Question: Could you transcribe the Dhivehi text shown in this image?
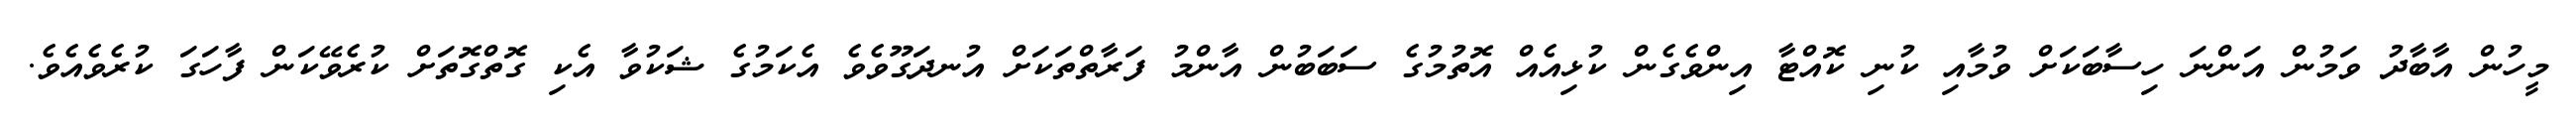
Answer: މީހުން އާބާދު ވަމުން އަންނަ ހިސާބަކަށް ވުމާއި ކުނި ކޮއްޓާ އިންވެގެން ކުޅިއެއް އޮތުމުގެ ސަބަބުން އާންމު ފަރާތްތަކަށް އުނދަގޫވެވެ އެކަމުގެ ޝަކުވާ އެކި ގޮތްގޮތަށް ކުރެވޭކަން ފާހަގަ ކުރެވެއެވެ.